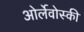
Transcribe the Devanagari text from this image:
ओर्लेवोस्की